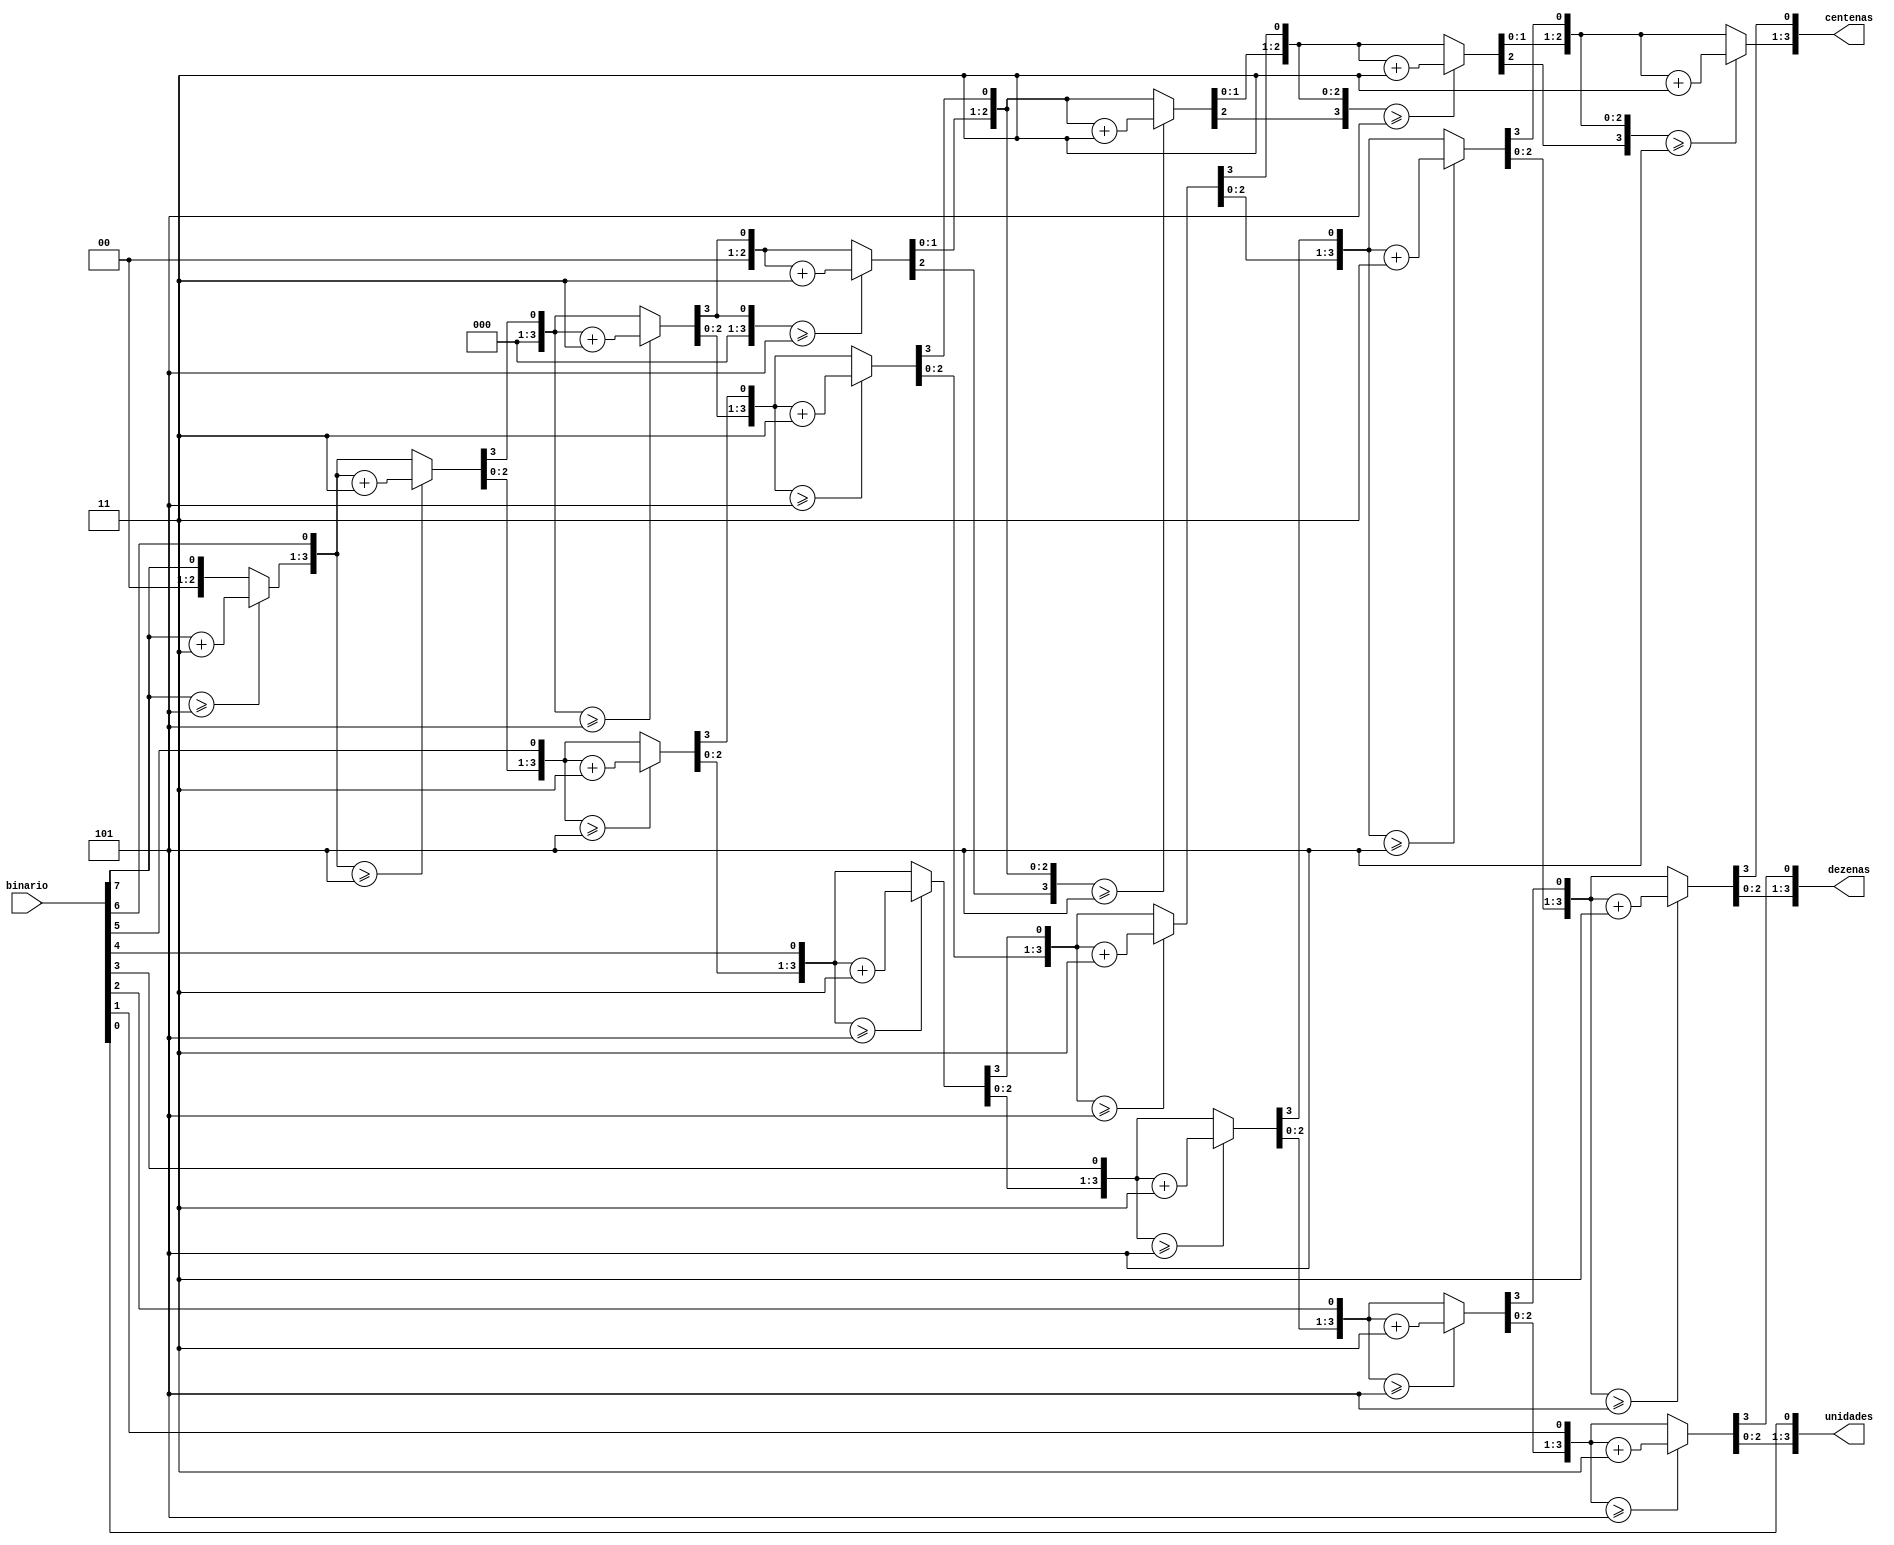
module BCD(
	input      [7:0] binario,
	output reg [3:0] centenas,
	output reg [3:0] dezenas,
	output reg [3:0] unidades
	);

	integer i;
	
	always@(binario)
	begin
		centenas = 4'd0;
		dezenas  = 4'd0;
		unidades = 4'd0;

		for(i=7 ; i>=0; i=i-1)
		begin
			if(centenas >= 5)
				centenas = centenas + 3;
			if(dezenas  >= 5)
				dezenas  = dezenas  + 3;
			if(unidades >= 5)
				unidades = unidades + 3;
			
			centenas = centenas << 1;
			centenas[0] = dezenas[3];

			dezenas = dezenas << 1;
			dezenas[0] = unidades[3];
			
			unidades = unidades << 1;			
			unidades[0] = binario[i];
		end
	end

endmodule